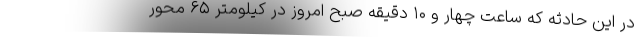
در این حادثه که ساعت چهار و ۱۰ دقیقه صبح امروز در کیلومتر ۶۵ محور